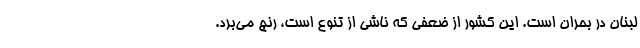
لبنان در بحران است. این کشور از ضعفی که ناشی از تنوع است، رنج می‌برد.